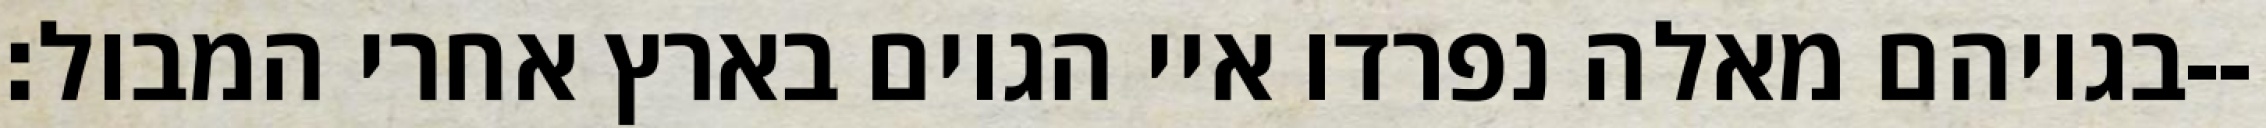
בגויהם מאלה נפרדו איי הגוים בארץ אחרי המבול׃--